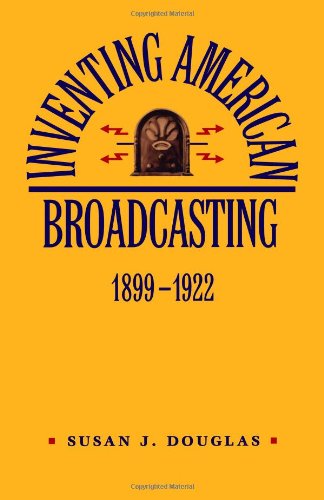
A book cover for Inventing American Broadcasting, 1899-1922 (Johns Hopkins Studies in the History of Technology); Susan J. Douglas; Crafts, Hobbies & Home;